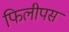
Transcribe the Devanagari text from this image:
फिलीपस